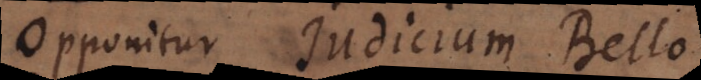
Opponitur Judicium Bello.